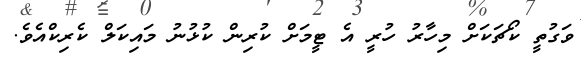
ވަގުތީ ކޯޗަކަށް މިހާރު ހުރީ އެ ޓީމަށް ކުރިން ކުޅުނު މައިކަލް ކެރިކްއެވެ.